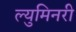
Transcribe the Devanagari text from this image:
ल्युमिनरी